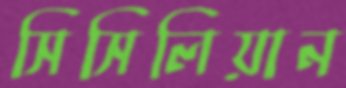
সিসিলিয়ান